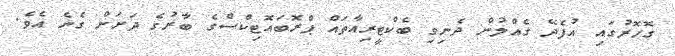
ގޮހޮރުގައި އުފެދޭ ގެއްލުން ދެނިވި ބެކްޓީރިއާތައް ޕްރޮބައޮޓިކްސްގެ ބާރުގެ ދަށަށް ގެނެ އެވެ.